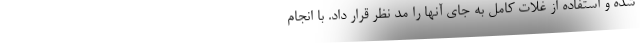
شده و استفاده از غلات کامل به جای آنها را مد نظر قرار داد. با انجام